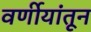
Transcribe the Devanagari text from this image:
वर्णीयांतून